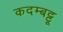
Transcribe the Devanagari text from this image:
कदम्बट्टू